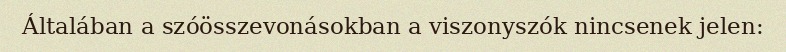
Általában a szóösszevonásokban a viszonyszók nincsenek jelen: